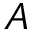
A